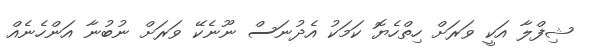
ޝިފްލާ އަކީ ވަރަށް ހިތްހެޔޮ ކަމަކު އެދުނަސް ނޫނެކޭ ވަރަށް ނުބުނާ އަންހެނެއް